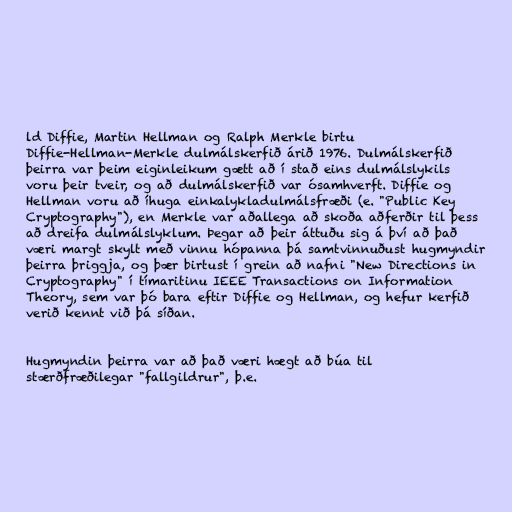
ld Diffie, Martin Hellman og Ralph Merkle birtu
Diffie-Hellman-Merkle dulmálskerfið árið 1976. Dulmálskerfið
þeirra var þeim eiginleikum gætt að í stað eins dulmálslykils
voru þeir tveir, og að dulmálskerfið var ósamhverft. Diffie og
Hellman voru að íhuga einkalykladulmálsfræði (e. "Public Key
Cryptography"), en Merkle var aðallega að skoða aðferðir til þess
að dreifa dulmálslyklum. Þegar að þeir áttuðu sig á því að það
væri margt skylt með vinnu hópanna þá samtvinnuðust hugmyndir
þeirra þriggja, og þær birtust í grein að nafni "New Directions in
Cryptography" í tímaritinu IEEE Transactions on Information
Theory, sem var þó bara eftir Diffie og Hellman, og hefur kerfið
verið kennt við þá síðan.

Hugmyndin þeirra var að það væri hægt að búa til
stærðfræðilegar "fallgildrur", þ.e.